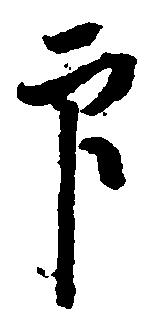
印